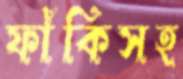
ফাঁকিসহ